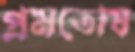
প্রমতোষ